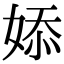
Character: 婖